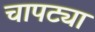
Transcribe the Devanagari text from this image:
चापट्या